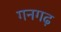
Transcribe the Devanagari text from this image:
गनगढ़